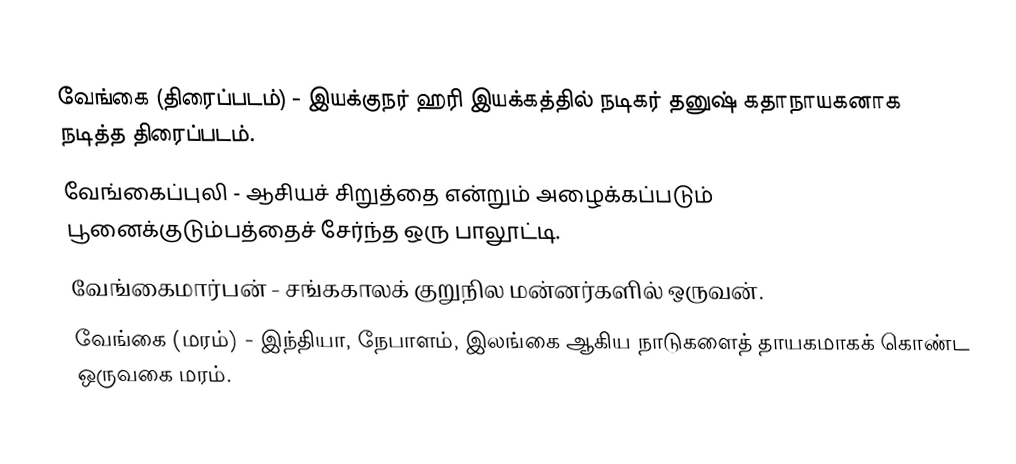
வேங்கை (திரைப்படம்) - இயக்குநர் ஹரி இயக்கத்தில் நடிகர் தனுஷ் கதாநாயகனாக நடித்த திரைப்படம்.
 வேங்கைப்புலி - ஆசியச் சிறுத்தை என்றும் அழைக்கப்படும் பூனைக்குடும்பத்தைச் சேர்ந்த ஒரு பாலூட்டி.
 வேங்கைமார்பன் - சங்ககாலக் குறுநில மன்னர்களில் ஒருவன்.
 வேங்கை (மரம்) -  இந்தியா, நேபாளம், இலங்கை ஆகிய நாடுகளைத் தாயகமாகக் கொண்ட ஒருவகை மரம்.